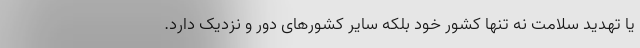
یا تهدید سلامت نه تنها کشور خود بلکه سایر کشورهای دور و نزدیک دارد.